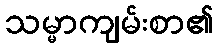
သမ္မာကျမ်းစာ၏